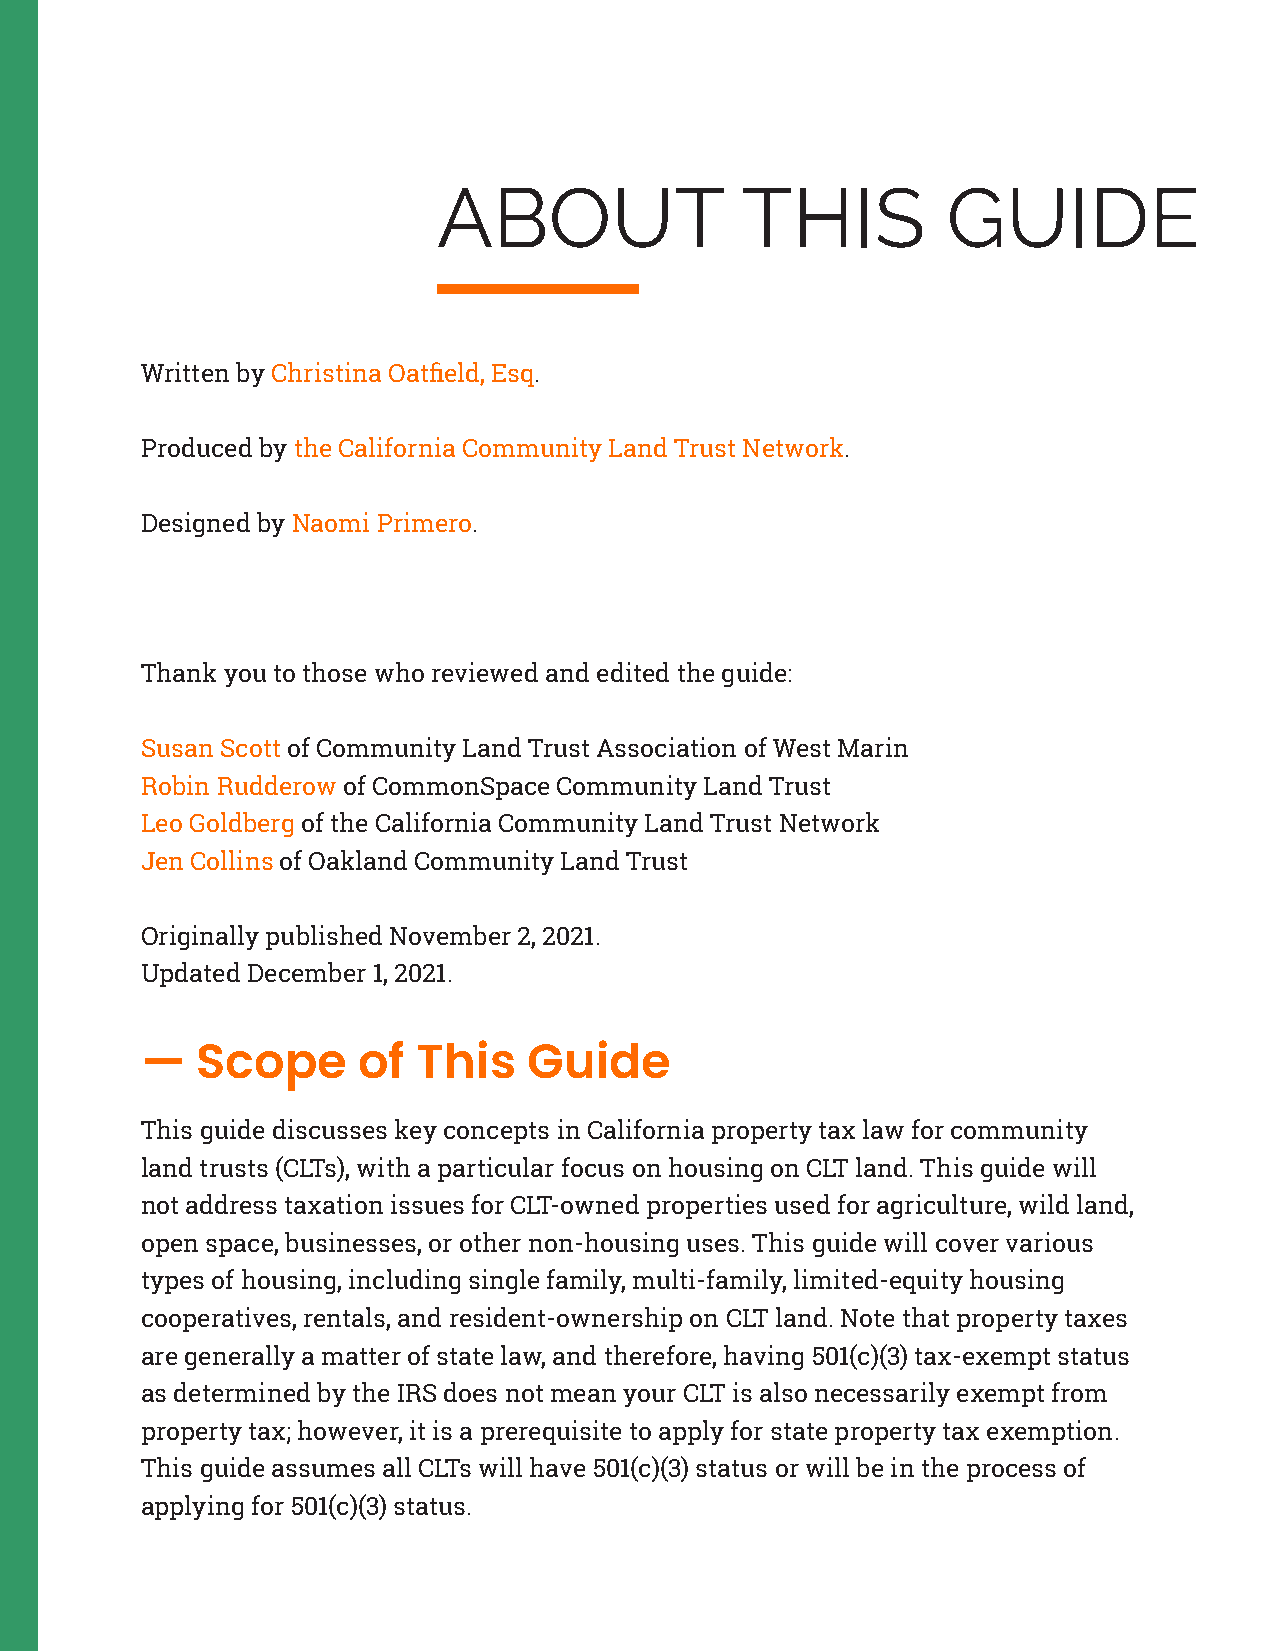
ABOUT               THIS          GUIDE
 Written by Christina Oatfield, Esq.
 Produced by the California Community Land Trust Network.
 Designed by Naomi Primero.
 Thank you to those who reviewed and edited the guide:
 Susan Scott of Community Land Trust Association of West Marin
 Robin Rudderow of CommonSpace Community Land Trust
 Leo Goldberg of the California Community Land Trust Network
 Jen Collins of Oakland Community Land Trust
 Originally published November 2, 2021.
 Updated December 1, 2021.
 —   Scope      of  This   Guide
 This guide discusses key concepts in California property tax law for community
 land trusts (CLTs), with a particular focus on housing on CLT land. This guide will
 not address taxation issues for CLT-owned properties used for agriculture, wild land,
 open space, businesses, or other non-housing uses. This guide will cover various
 types of housing, including single family, multi-family, limited-equity housing
 cooperatives, rentals, and resident-ownership on CLT land. Note that property taxes
 are generally a matter of state law, and therefore, having 501(c)(3) tax-exempt status
 as determined by the IRS does not mean your CLT is also necessarily exempt from
 property tax; however, it is a prerequisite to apply for state property tax exemption.
 This guide assumes all CLTs will have 501(c)(3) status or will be in the process of
 applying for 501(c)(3) status.